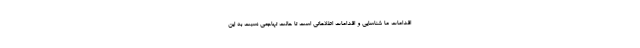
اقدامات ما شناسایی و اقدامات اطلاعاتی است تا حالت تهاجمی نسبت به این